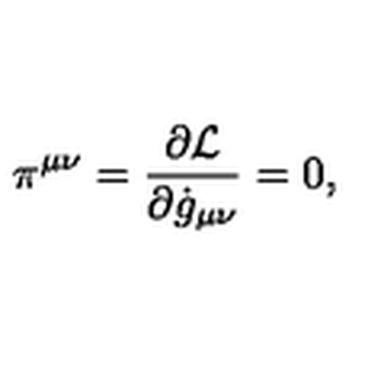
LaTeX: \pi ^ { \mu \nu } = \frac { \partial { \cal L } } { \partial \dot { g } _ { \mu \nu } } = 0 ,